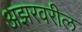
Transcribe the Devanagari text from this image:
अझरवरील